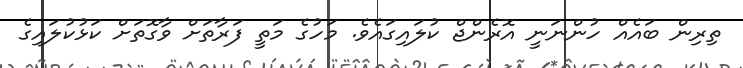
ތިރިން ބައެއް ހުންނަނީ އޮރެންޖް ކުލައިގައެވެ. މަހުގެ މަތީ ފަރާތަށް ވާގޮތަށް ކަޅުކުލައިގެ